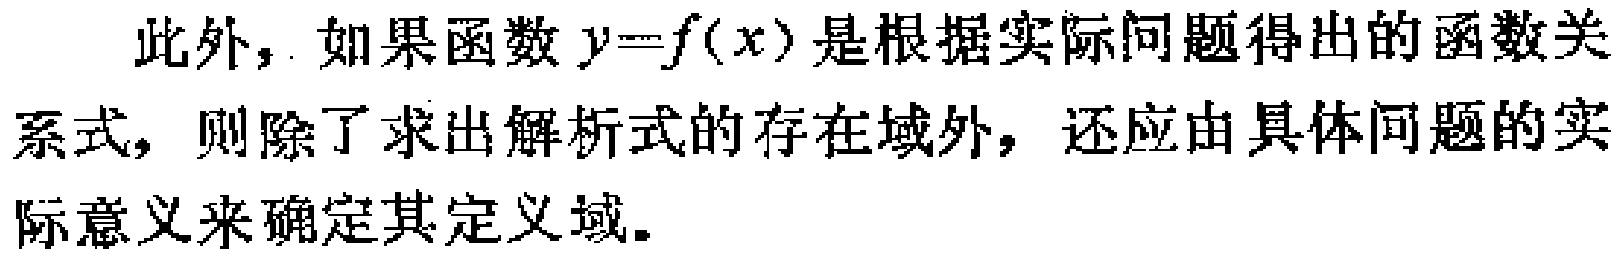
此外，如果函数\(y = f(x)\)是根据实际问题得出的函数关系式，则除了求出解析式的存在域外，还应由具体问题的实际意义来确定其定义域。